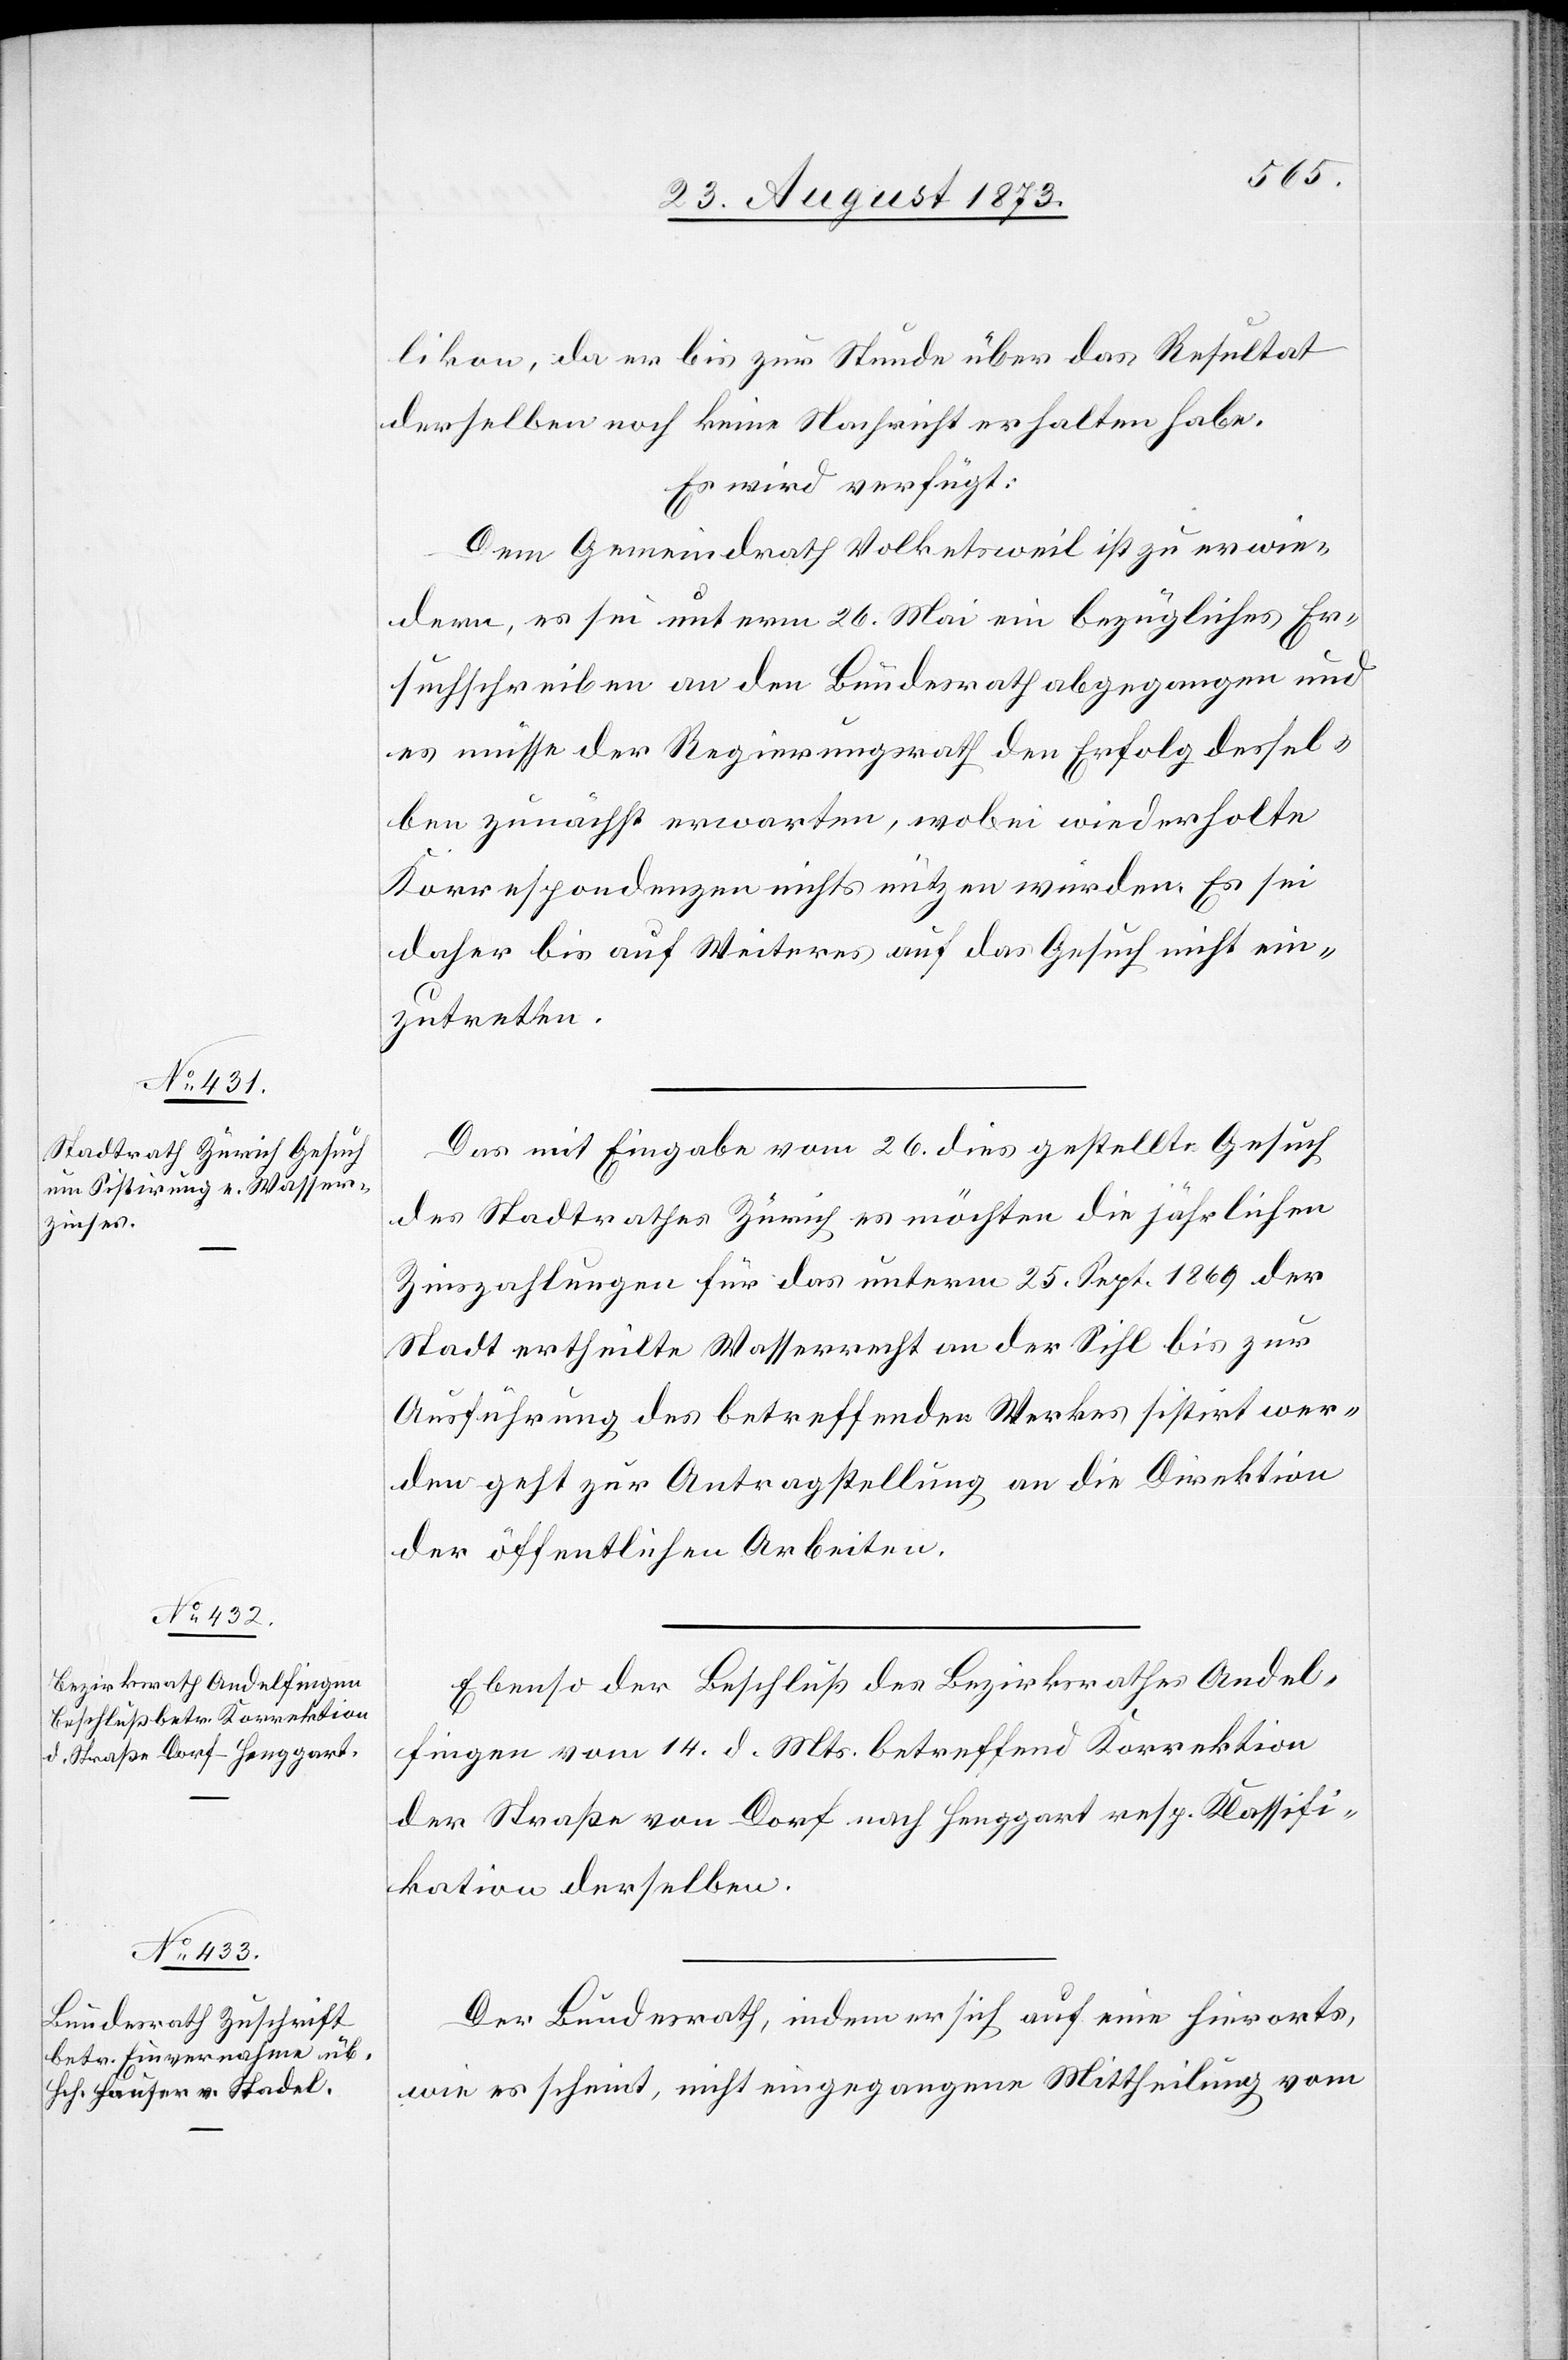
27. August 1873.]
likon, da er bis zur Stunde über das Resultat
derselben noch keine Nachricht erhalten habe.
Es wird verfügt:
Dem Gemeindrath Volketsweil ist zu erwie¬
dern, es sei unterm 26. Mai ein bezügliches Er¬
suchschreiben an den Bundesrath abgegangen und
es müsse der Regierungsrath den Erfolg dessel¬
ben zunächst erwarten, wobei wiederholte
Korrespondenzen nichts nützen würden. Es sei
daher bis auf Weiteres auf das Gesuch nicht ein¬
zutreten.
Das mit Eingabe vom 26. dies gestellte Gesuch
des Stadtrathes Zürich es möchten die jährlichen
Zinszahlungen für das unterm 25. Sept. 1869 der
Stadt ertheilte Wasserrecht an der Sihl bis zur
Ausführung des betreffenden Werkes sistirt wer¬
den geht zur Antragstellung an die Direktion
der öffentlichen Arbeiten.
Ebenso der Beschluß des Bezirksrathes Andel¬
fingen vom 14. d. Mts. betreffend Korrektion
der Straße von Dorf nach Henggart resp. Klassifi¬
kation derselben.
Der Bundesrath, indem er sich auf eine hierorts,
wie es scheint, nicht eingegangene Mittheilung vom